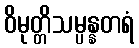
ဝိမုတ္တိသမ္ပန္နတရံ